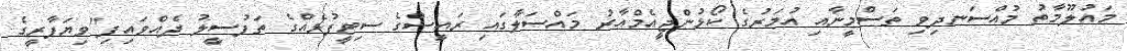
މައުލޫމާތު މުއްސަނދިވި ތަސްމީނާއި އުމަރުގެ ކޯޅުންޖީއެމްއާރު މައްސަލާގައި ރައީސްގެ ސިޓީފުޅެއްގެ ތަފުސީލު ދެއްވައިފި"ވިޔަފާރީގެ